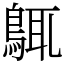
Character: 䳖